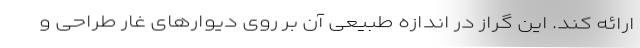
ارائه کند. این گراز در اندازه طبیعی آن بر روی دیوارهای غار طراحی و